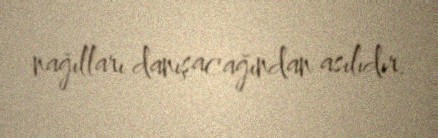
nağılları danışacağından asılıdır.